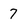
Character: 7